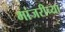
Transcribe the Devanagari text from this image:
मांजरीच्या